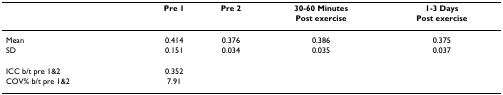
<table><thead><tr><td></td><td><b>Pre 1</b></td><td><b>Pre 2</b></td><td><b>30-60 MinutesPost exercise</b></td><td><b>1-3 DaysPost exercise</b></td></tr></thead><tbody><tr><td>Mean</td><td>0.414</td><td>0.376</td><td>0.386</td><td>0.375</td></tr><tr><td>SD</td><td>0.151</td><td>0.034</td><td>0.035</td><td>0.037</td></tr><tr><td>ICC b/t pre 1&amp;2</td><td>0.352</td><td></td><td></td><td></td></tr><tr><td>COV% b/t pre 1&amp;2</td><td>7.91</td><td></td><td></td><td></td></tr></tbody></table>